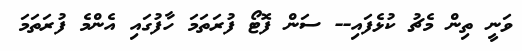
ވަނީ ތިން މެޗު ކުޅެފައި-- ސަން ފޮޓޯ ފުރަތަމަ ހާފުގައި އެންމެ ފުރަތަމަ